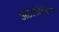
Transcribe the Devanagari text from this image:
अटलांटिकने